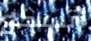
أتسكع